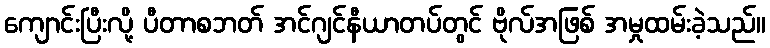
ကျောင်းပြီးလို့ ပီတာစဘတ် အင်ဂျင်နီယာတပ်တွင် ဗိုလ်အဖြစ် အမှုထမ်းခဲ့သည်။